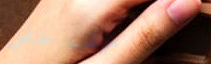
موقف خاص